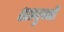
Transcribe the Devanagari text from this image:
अत्युच्ची